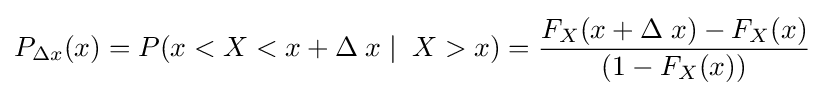
P_{\Delta x}(x)=P(x<X<x+\Delta \;x\mid \;X>x)={\frac {F_{X}(x+\Delta \;x)-F_{X}(x)}{(1-F_{X}(x))}}